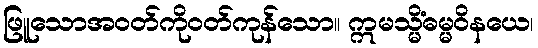
ဖြူသောအဝတ်ကိုဝတ်ကုန်သော။ ဣမသ္မိံဓမ္မဝိနယေ၊